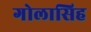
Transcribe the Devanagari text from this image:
गोलासिह